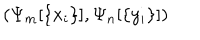
\left( \Psi _ { m } [ \{ x _ { i } \} ] , \Psi _ { n } [ \{ y _ { i } \} ] \right) ~ ~ ~ ~